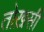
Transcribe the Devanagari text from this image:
तोख़सी